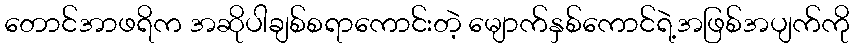
တောင်အာဖရိက အဆိုပါချစ်စရာကောင်းတဲ့ မျောက်နှစ်ကောင်ရဲ့အဖြစ်အပျက်ကို